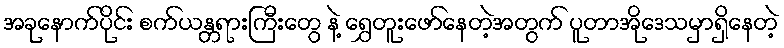
အခုနောက်ပိုင်း စက်ယန္တရားကြီးတွေ နဲ့ ရွှေတူးဖော်နေတဲ့အတွက် ပူတာအိုဒေသမှာရှိနေတဲ့